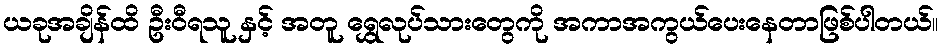
ယခုအချိန်ထိ ဦးဝီရသူ နှင့် အတူ ရွှေလုပ်သားတွေကို အကာအကွယ်ပေးနေတာဖြစ်ပါတယ်။